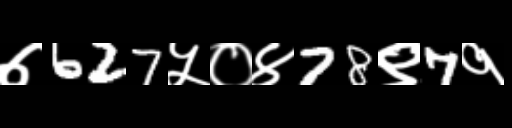
Text: ७627५०४78९7१